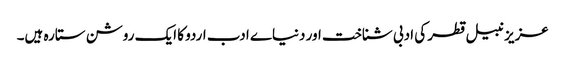
عزیز نبیل قطر کی ادبی شناخت اور دنیاے ادب اردو کا ایک روشن ستارہ ہیں۔